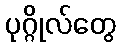
ပုဂ္ဂိုလ်တွေ